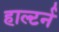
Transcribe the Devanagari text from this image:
हाल्टर्न